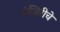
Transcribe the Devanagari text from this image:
मंजिरीचे